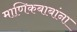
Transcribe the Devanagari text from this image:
माणिकबाबांना